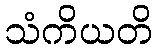
သံကိယတိ